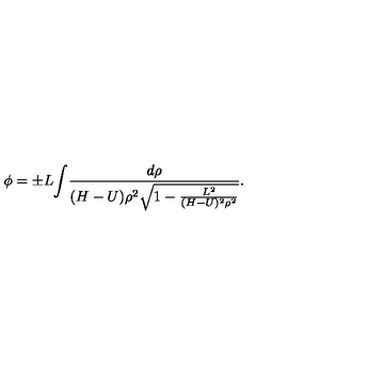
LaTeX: { \phi } = { \pm } L { { \int } { \frac { d \rho } { ( H - U ) \rho ^ { 2 } { \sqrt { 1 - { \frac { L ^ { 2 } } { ( H - U ) ^ { 2 } \rho ^ { 2 } } } } } } } } .